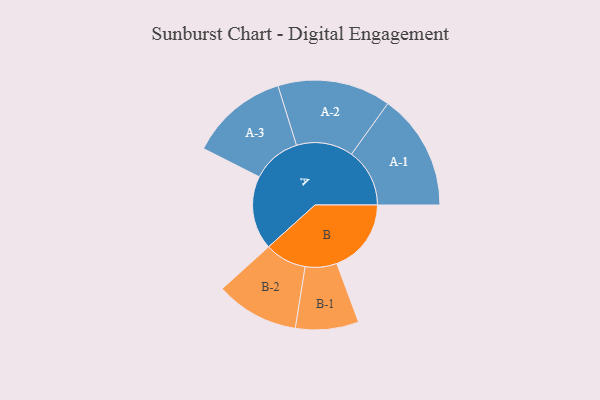
{"axis": {"x": "Segment", "y": "Value"}, "legend": ["", "A", "B"], "data": [{"x": "A", "y": 294, "type": ""}, {"x": "B", "y": 297, "type": ""}, {"x": "A-1", "y": 232, "type": "A"}, {"x": "A-2", "y": 226, "type": "A"}, {"x": "A-3", "y": 196, "type": "A"}, {"x": "B-1", "y": 126, "type": "B"}, {"x": "B-2", "y": 166, "type": "B"}]}